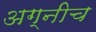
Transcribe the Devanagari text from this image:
अग्नीच